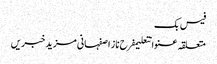
فیس بک
متعلقہ عنوانتعلیمفرح ناز اصفہانی مزید خبریں